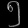
Digit: ၅